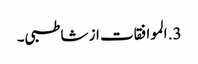
3. الموافقات از شاطبی۔